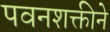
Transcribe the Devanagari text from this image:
पवनशक्तीने